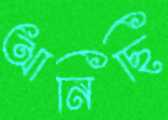
আনিছি